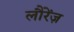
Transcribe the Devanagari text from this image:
लौरेंज़